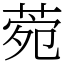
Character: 菀